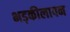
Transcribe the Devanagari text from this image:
भड़कीलापन